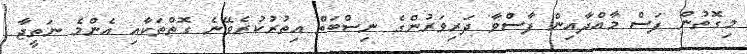
މިގޮތުން ފަސް މާއްދާއިން ފާސްވާ ދަރިވަރުންގެ ނިސްބަތް އިތުރުކުރެވޭނެ ގޮތްތަކާއި އެންމެ ނަތީޖާ